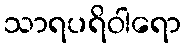
သာရပရိဝါရော